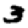
Digit: 3